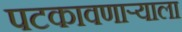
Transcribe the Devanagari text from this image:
पटकावणाऱ्याला